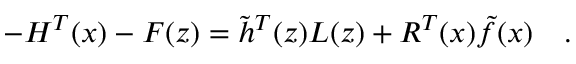
- H ^ { T } ( x ) - F ( z ) = \tilde { h } ^ { T } ( z ) L ( z ) + R ^ { T } ( x ) \tilde { f } ( x ) \quad .